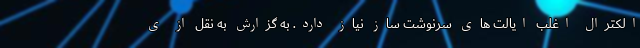
الکترال اغلب ایالت های سرنوشت ساز نیاز دارد. به گزارش به نقل از ی